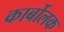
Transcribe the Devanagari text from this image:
कार्बोलक